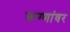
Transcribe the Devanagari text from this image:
रूग्णांवर